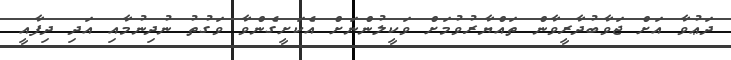
ދަޢުވާ އަށް ޖަވާބުދާރީވާން ތައްޔާރުވުމަށް ވަކީލުންނަށް އެކަށީގެންވާ ވަގުތު ނުދިނުމާއި އަދި ދިފާއީ